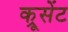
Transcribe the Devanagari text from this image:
क्रूसेंट